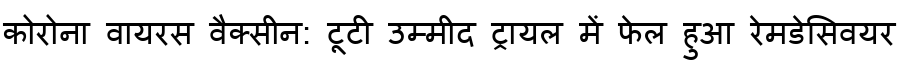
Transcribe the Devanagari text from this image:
कोरोना वायरस वैक्सीन: टूटी उम्मीद ट्रायल में फेल हुआ रेमडेसिवयर